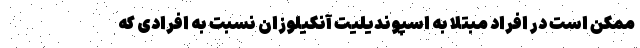
ممکن است در افراد مبتلا به اسپوندیلیت آنکیلوزان نسبت به افرادی که